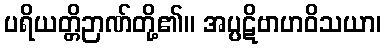
ပရိယတ္တိဉာဏ်တို့၏။ အပ္ပဋိဗာဟဝိသယာ၊